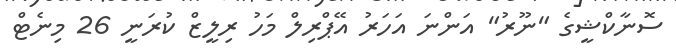
ސޮނާކްޝީގެ "ނޫރު" އަންނަ އަހަރު އޭޕްރިލް މަހު ރިލީޒް ކުރަނީ 26 މިނެޓް